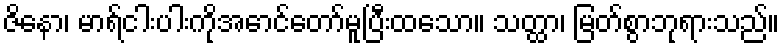
ဇိနော၊ မာရ်ငါးပါးကိုအောင်တော်မူပြီးထသော။ သတ္ထာ၊ မြတ်စွာဘုရားသည်။